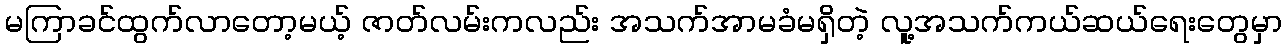
မကြာခင်ထွက်လာတော့မယ့် ဇာတ်လမ်းကလည်း အသက်အာမခံမရှိတဲ့ လူ့အသက်ကယ်ဆယ်ရေးတွေမှာ